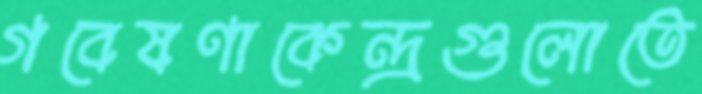
গবেষণাকেন্দ্রগুলোতে